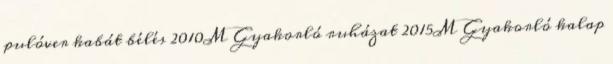
pulóver kabát bélés 2010M Gyakorló ruházat 2015M Gyakorló kalap